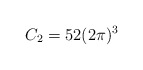
\begin{align*}C_{2}=52(2\pi)^{3}\end{align*}